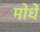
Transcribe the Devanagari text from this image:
मोधे